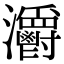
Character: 𤅪